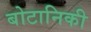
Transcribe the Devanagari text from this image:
बोटानिकी